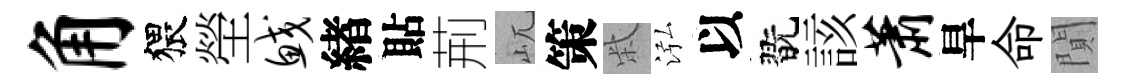
角猥塋鲛緖貼荊屼策柴泓以翫該萧旱命閴